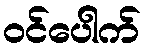
ဝင်ပေါက်